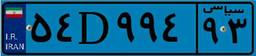
۲۳D۳۷۵۳۹